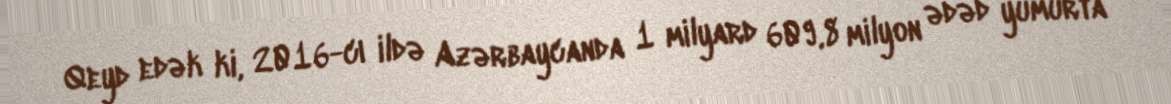
Qeyd edək ki, 2016-cı ildə Azərbaycanda 1 milyard 609,8 milyon ədəd yumurta